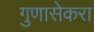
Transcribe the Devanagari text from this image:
गुणासेकरा